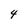
Character: 4